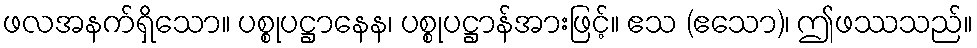
ဖလအနက်ရှိသော။ ပစ္စုပဋ္ဌာနေန၊ ပစ္စုပဋ္ဌာန်အားဖြင့်။ ဧသ (ဧသော)၊ ဤဖဿသည်။